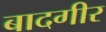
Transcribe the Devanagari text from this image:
बादगीर